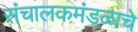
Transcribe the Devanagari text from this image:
संचालकमंडळाचे